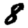
Digit: 8